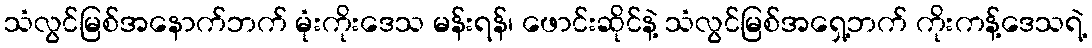
သံလွင်မြစ်အနောက်ဘက် မုံးကိုးဒေသ မန်းရန်၊ ဖောင်းဆိုင်နဲ့ သံလွင်မြစ်အရှေ့ဘက် ကိုးကန့်ဒေသရဲ့